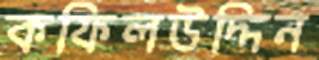
কফিলউদ্দিন